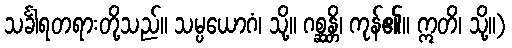
သင်္ခါရတရားတို့သည်။ သမ္ပယောဂံ၊ သို့။ ဂစ္ဆန္တိ၊ ကုန်၏။ ဣတိ၊ သို့။)